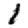
Digit: 1